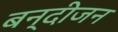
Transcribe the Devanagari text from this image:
बन्दीजन